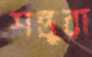
শন্তুরা